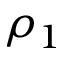
\rho _ { 1 }